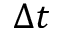
\Delta t